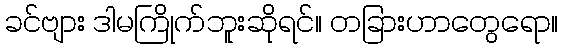
ခင်ဗျား ဒါမကြိုက်ဘူးဆိုရင်။ တခြားဟာတွေရော။